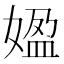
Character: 𡟚